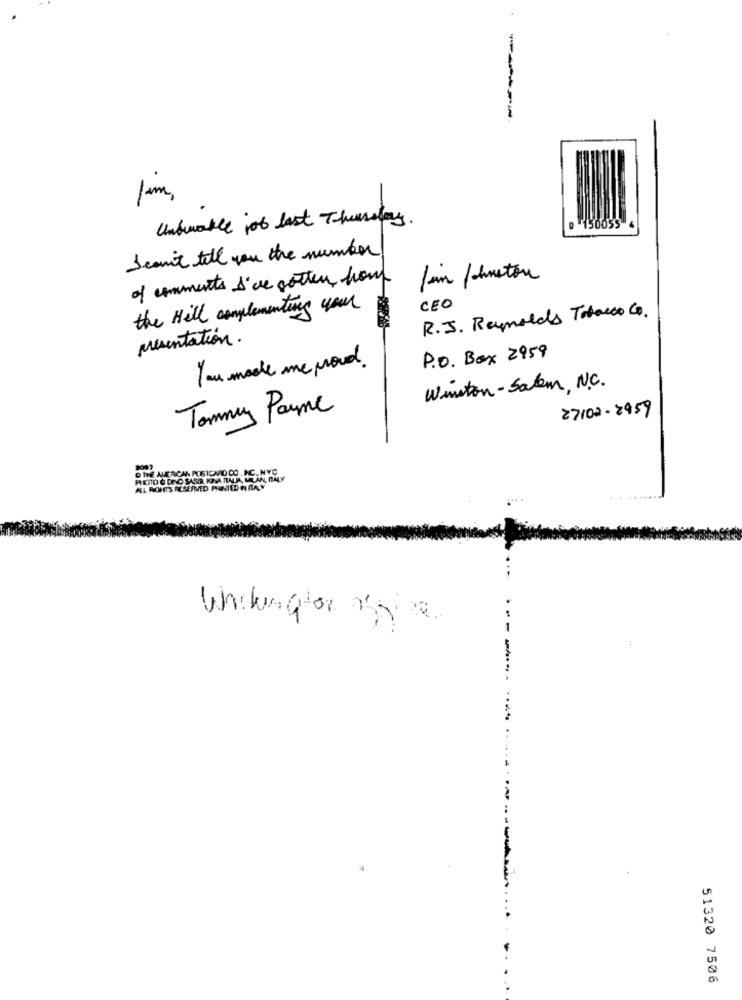
Undurable job last Thursday.
0 150055
I can't tell you the number
of comments i've gotten hour
fun /chnetou
the Hill complementing your
R.J. Reynolds Tobacco G.
CEO
presentation.
P.O. Box 2959
You made me proud .
Wanton- Salem, N.C.
Tommy Payne
27102-2959
D THE AMERICAN POSTCARD CONC.M
ALL MONTS RESERVED PAINTED HALAY
Whitingtor aspire
51320 7506